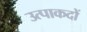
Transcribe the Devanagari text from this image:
उत्पाकदों